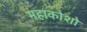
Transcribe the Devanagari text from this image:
महाकोशो